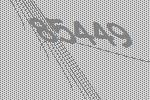
85449